Scottish Leaving Certificate Examination, 1956
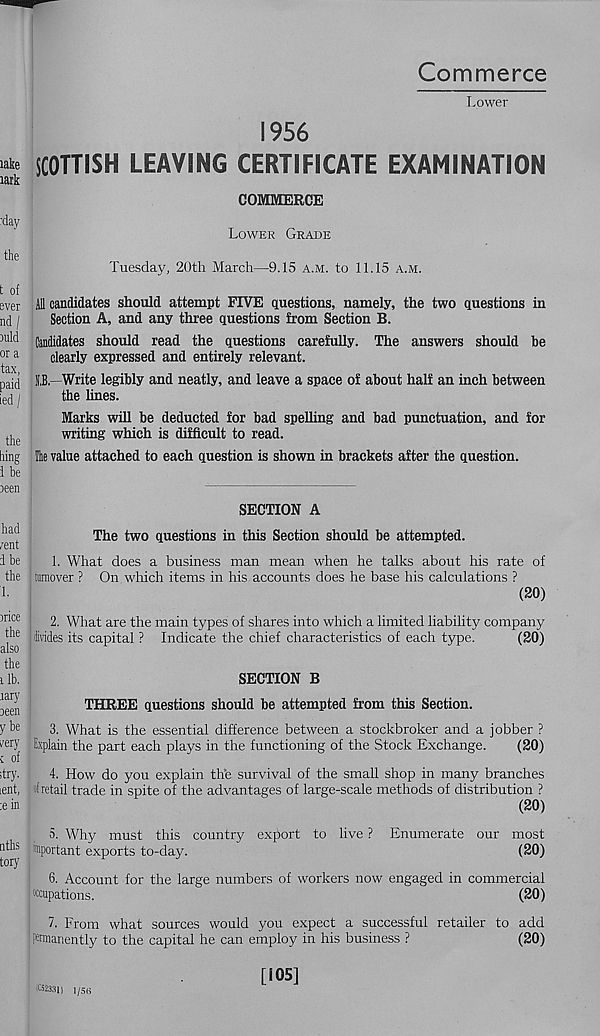
Commerce
lake
lark
.‘day
the
t of
ever
nd /
iuld
or a
tax,
paid
ied /
the
king
1 be
ieen
had
rent
d be
the
1.
irice
the
also
the
ilb.
lary
been
Y be
very
c of
dry.
ient,
:e in
nths
tory
Lower
1956
SCOTTISH LEAVING CERTIFICATE EXAMINATION
COMMERCE
Lower Grade
Tuesday, 20th March—9.15 a.m. to 11.15 a.m.
All candidates should attempt FIVE questions, namely, the two questions in
Section A, and any three questions from Section B.
Candidates should read the questions carefully. The answers should be
clearly expressed and entirely relevant.
U—Write legibly and neatly, and leave a space of about half an inch between
the lines.
Marks will be deducted for bad spelling and bad punctuation, and for
writing which is difficult to read.
Ik value attached to each question is shown in brackets after the question.
SECTION A
The two questions in this Section should be attempted.
1. What does a business man mean when he talks about his rate of
turnover ? On which items in his accounts does he base his calculations ?
(20)
2. What are the main types of shares into which a limited liability company
hides its capital ? Indicate the chief characteristics of each type.
(20)
SECTION B
THREE questions should be attempted from this Section.
3. What is the essential difference between a stockbroker and a jobber ?
Explain the part each plays in the functioning of the Stock Exchange.
(20)
4. How do you explain the survival of the small shop in many branches
«f retail trade in spite of the advantages of large-scale methods of distribution ?
(20)
5. Why must this country export to live ? Enumerate our most
important exports to-day.
(20)
6. Account for the large numbers of workers now engaged in commercial
Pupations.
(20)
7. From what sources would you expect a successful retailer to add
Pfflnanently to the capital he can employ in his business ?
(20)
1023311 1/5(3
[105]